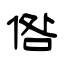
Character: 倃